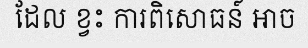
ដែល ខ្វះ ការពិសោធន៍ អាច